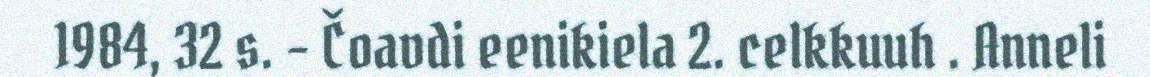
1984, 32 s. – Čoavdi eenikiela 2. celkkuuh . Anneli